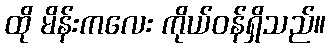
ထို မိန်းကလေး ကိုယ်ဝန်ရှိသည်။